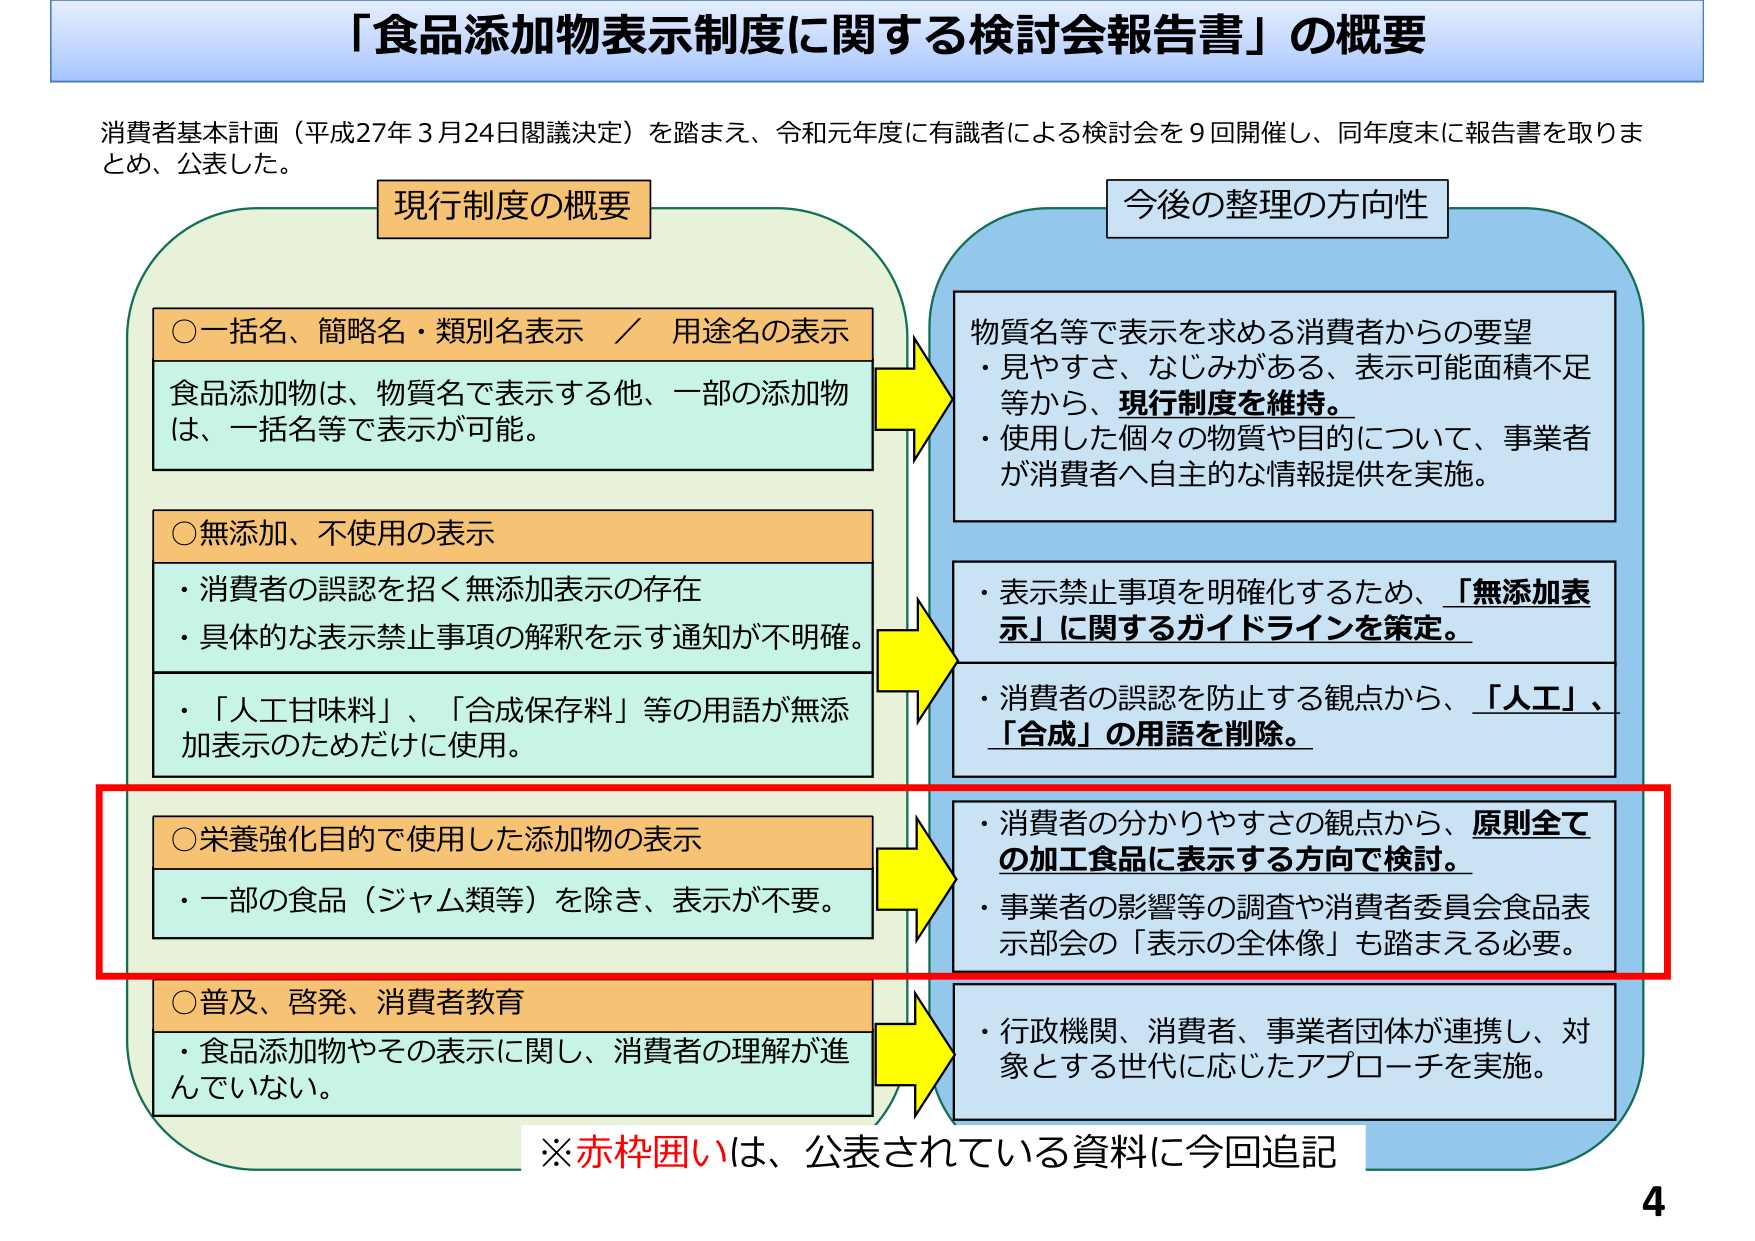
「食品添加物表示制度に関する検討会報告書」の概要

消費者基本計画（平成27年3月24日閣議決定）を踏まえ、令和元年度に有識者による検討会を9回開催し、同年度末に報告書を取りまとめ、公表した。

現行制度の概要

○一括名、簡略名・類別名表示 ／ 用途名の表示
食品添加物は、物質名で表示する他、一部の添加物は、一括名等で表示が可能。

○無添加、不使用の表示
・消費者の誤認を招く無添加表示の存在
・具体的な表示禁止事項の解釈を示す通知が不明確。
・「人工甘味料」、「合成保存料」等の用語が無添加表示のためだけに使用。

○栄養強化目的で使用した添加物の表示
・一部の食品（ジャム類等）を除き、表示が不要。

○普及、啓発、消費者教育
・食品添加物やその表示に関し、消費者の理解が進んでいない。

今後の整理の方向性

物質名等で表示を求める消費者からの要望
・見やすさ、なじみがある、表示可能面積不足等から、現行制度を維持。
・使用した個々の物質や目的について、事業者が消費者へ自主的な情報提供を実施。

・表示禁止事項を明確化するため、「無添加表示」に関するガイドラインを策定。

・消費者の誤認を防止する観点から、「人工」、「合成」の用語を削除。

・消費者の分かりやすさの観点から、原則全ての加工食品に表示する方向で検討。
・事業者の影響等の調査や消費者委員会食品表示部会の「表示の全体像」も踏まえる必要。

・行政機関、消費者、事業者団体が連携し、対象とする世代に応じたアプローチを実施。

※赤枠囲いは、公表されている資料に今回追記

4